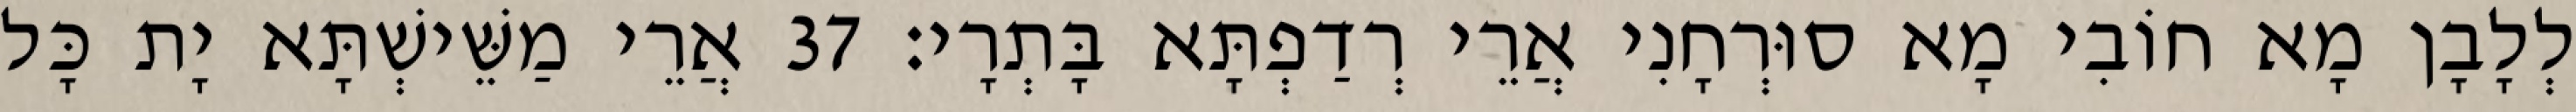
לְלָבָן מָא חוֹבִי מָא סוּרְחָנִי אֲרֵי רְדַפְתָּא בָּתְרָי׃ 37 אֲרֵי מַשֵּׁישְׁתָּא יָת כָּל